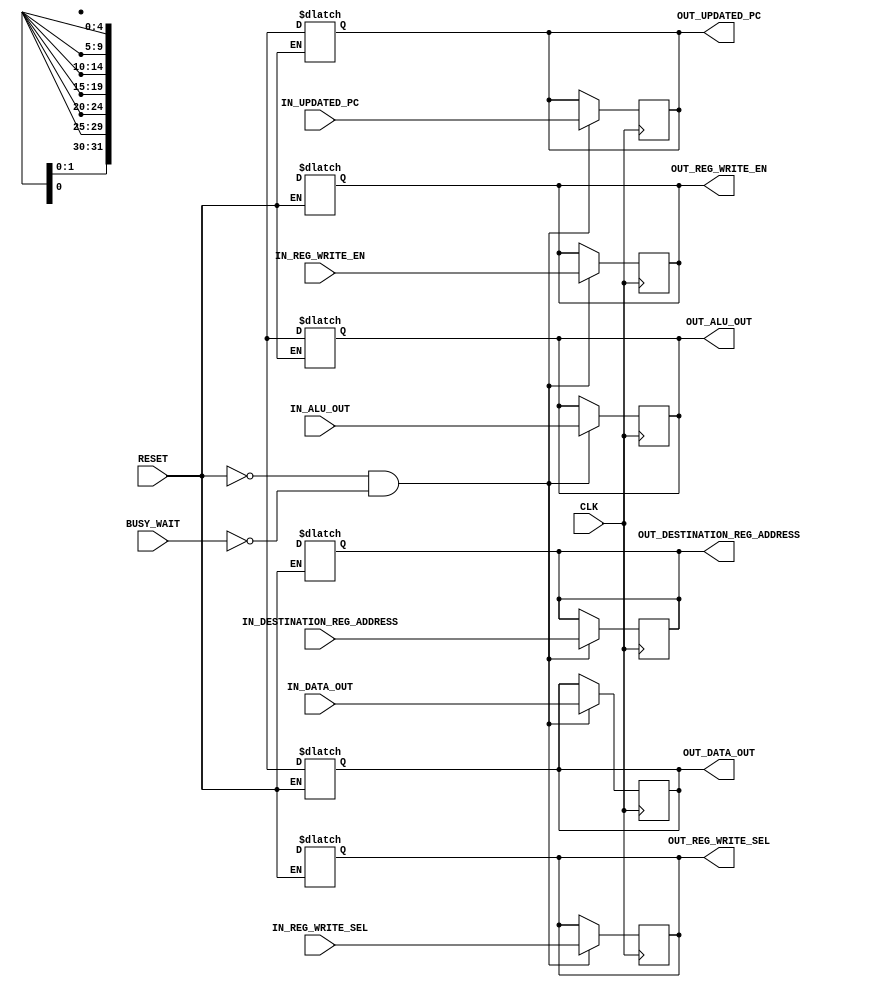
module mem_wb_pipeline_reg(
    input [4:0] IN_DESTINATION_REG_ADDRESS,
    input [31:0] IN_UPDATED_PC, IN_ALU_OUT, IN_DATA_OUT, 
    input [1:0] IN_REG_WRITE_SEL,
    input IN_REG_WRITE_EN,
    input CLK, RESET, BUSY_WAIT,

    output reg [4:0] OUT_DESTINATION_REG_ADDRESS,
    output reg [31:0] OUT_UPDATED_PC, OUT_ALU_OUT,OUT_DATA_OUT, 
    output reg [1:0] OUT_REG_WRITE_SEL,
    output reg OUT_REG_WRITE_EN
);

    // RESET output registers on active reset
    always @(*) begin
        if (RESET) begin
            #1; // Delay to allow reset signal to settle
            OUT_DESTINATION_REG_ADDRESS <= 5'dx;
            OUT_UPDATED_PC <= 32'dx;
            OUT_ALU_OUT <= 32'dx;
            OUT_DATA_OUT <= 32'dx;
            OUT_REG_WRITE_SEL <= 2'dx;
            OUT_REG_WRITE_EN <= 1'dx;
        end
    end

    // Write input values to output registers on positive edge of clock signal
    always @(posedge CLK) begin
        #1; // Delay to synchronize with other stages
        if (!RESET && !BUSY_WAIT) begin
            OUT_DESTINATION_REG_ADDRESS <= IN_DESTINATION_REG_ADDRESS;
            OUT_UPDATED_PC <= IN_UPDATED_PC;
            OUT_ALU_OUT <= IN_ALU_OUT;
            OUT_DATA_OUT <= IN_DATA_OUT;
            OUT_REG_WRITE_SEL <= IN_REG_WRITE_SEL;
            OUT_REG_WRITE_EN <= IN_REG_WRITE_EN;
        end
    end
endmodule